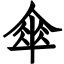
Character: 傘